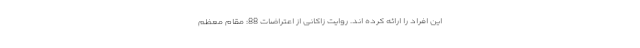
این افراد را ارائه کرده اند. روایت زاکانی از اعتراضات 88: مقام معظم